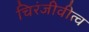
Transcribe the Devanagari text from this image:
चिरंजीवीत्व